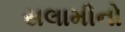
સલામીનો